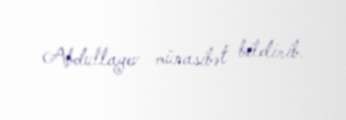
Abdullayev münasibət bildirib.